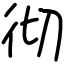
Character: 彻